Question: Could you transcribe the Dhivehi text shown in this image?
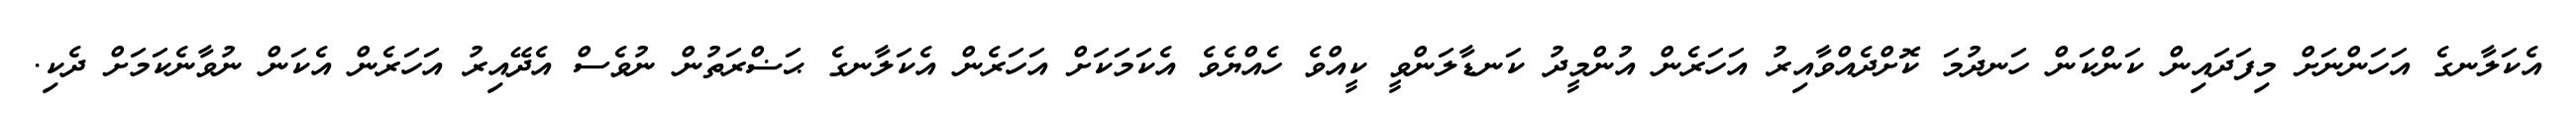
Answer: އެކަލާނގެ އަހަންނަށް މިފަދައިން ކަންކަން ހަނދުމަ ކޮށްދެއްވާއިރު އަހަރެން އުންމީދު ކަނޑާލަންވީ ކީއްވެ ހެއްޔެވެ އެކަމަކަށް އަހަރެން އެކަލާނގެ ޙަޟްރަތުން ނުވެސް އެދޭއިރު އަހަރެން އެކަން ނުވާނެކަމަށް ދެކި.